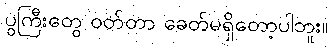
ပွကြီးတွေ ဝတ်တာ ခေတ်မရှိတော့ပါဘူး။